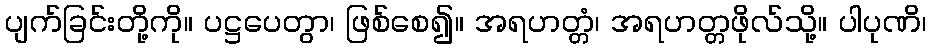
ပျက်ခြင်းတို့ကို။ ပဋ္ဌပေတွာ၊ ဖြစ်စေ၍။ အရဟတ္တံ၊ အရဟတ္တဖိုလ်သို့။ ပါပုဏိ၊